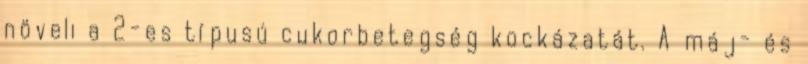
növeli a 2-es típusú cukorbetegség kockázatát. A máj- és